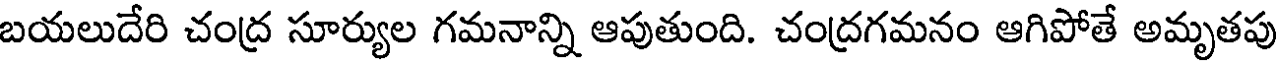
బయలుదేరి చంద్ర సూర్యుల గమనాన్ని ఆపుతుంది. చంద్రగమనం ఆగిపోతే అమృతపు